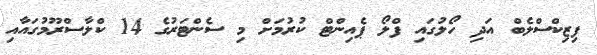
ފިޒިކްސްލެބް އަދި ހޯލުގައި ފްލޯ ޕެއިންޓް ކުރުމަށް މި ސެންޓަރުގެ 14 ކްލާސްރޫމުގައާއި